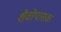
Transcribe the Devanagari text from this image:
शैवोपासक